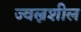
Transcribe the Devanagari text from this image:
ज्वल्नशील